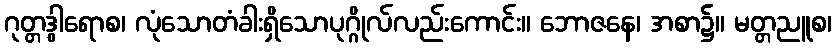
ဂုတ္တဒွါရောစ၊ လုံသောတံခါးရှိသောပုဂ္ဂိုလ်လည်းကောင်း။ ဘောဇနေ၊ အစာ၌။ မတ္တညူစ၊